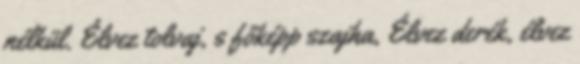
nélkül. Élvez tolvaj, s főképp szajha, Élvez derék, élvez